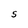
Character: O